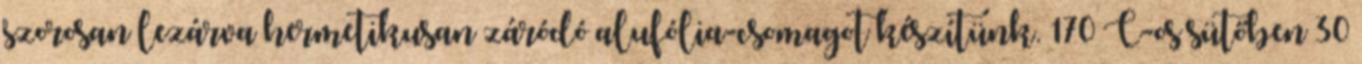
szorosan lezárva hermetikusan záródó alufólia-csomagot készítünk. 170°C-os sütőben 30